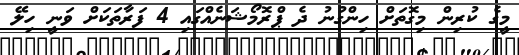
މީގެ ކުރިން މިގޮތަށް ހިންގުނު ދެ ޕްރޮމޯޝަނެއްގައި 4 ފަރާތަކަށް ވަނީ ހިލޭ